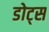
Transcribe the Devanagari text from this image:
डोट्स